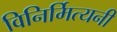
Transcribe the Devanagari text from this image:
विनिर्मित्यनी